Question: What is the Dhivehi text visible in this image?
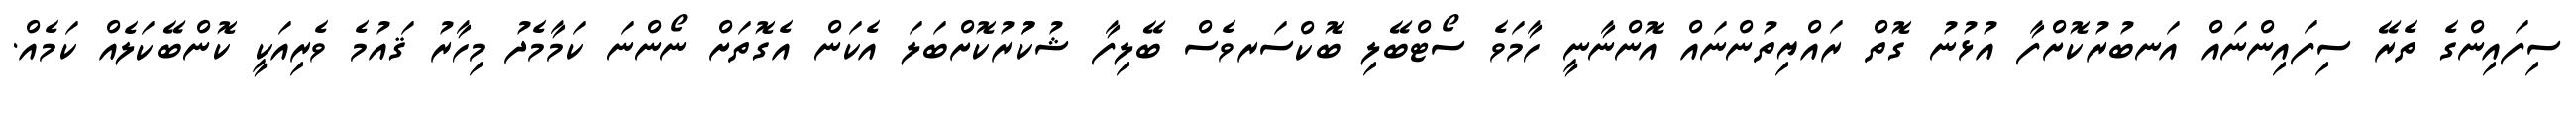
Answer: ސިފައިންގެ ތެރޭ ސިފައިންނައް އަނބުރުކޮށްފާ އުޅުނު ގޮތް ރައްޔިތުންނައް އޮންނާނީ ހާމަވެ ސޯޓްބޭލި ބޮކްސަރވެސް ބޭލިފާ ޝުކުުރުކޮށްބަލަ އެކަން އެގޮތަށް ނޯންނަ ކަމާމެދު މިހާރު ޤައުމެ ވެރިއަކީ ކޮންބޭކަލެއް ކަމެއް.